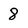
Character: 8